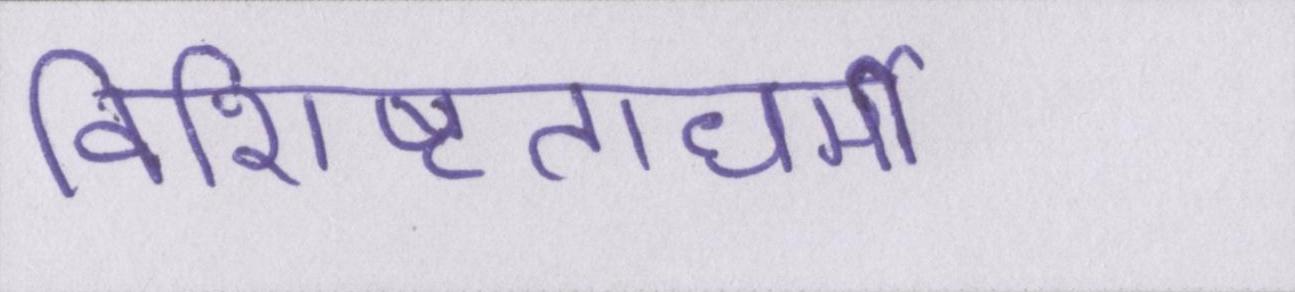
विशिष्टताधर्मी